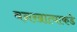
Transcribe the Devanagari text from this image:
वनखात्याकडे